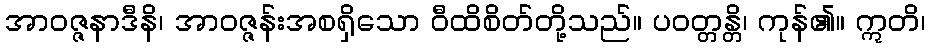
အာဝဇ္ဇနာဒီနိ၊ အာဝဇ္ဇန်းအစရှိသော ဝီထိစိတ်တို့သည်။ ပဝတ္တန္တိ၊ ကုန်၏။ ဣတိ၊